Mental hospitals Bombay report 1929-33 - 1929-1933
Year: 1929
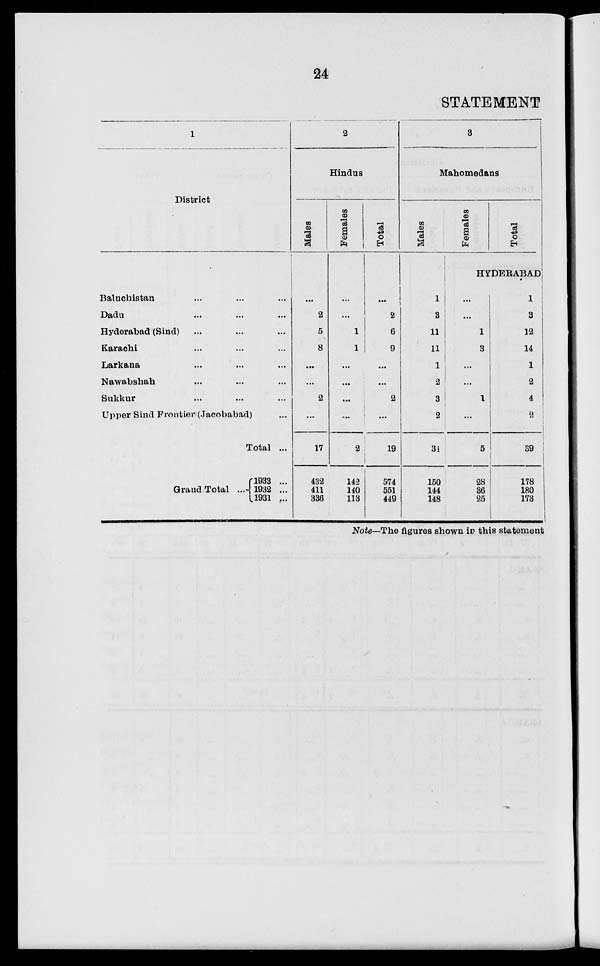
24
STATEMENT
1
District
Baluchistan ... ... ...
Dadu ... ... ...
Hyderabad (Sind) ... ... ...
Karachi ... ... ...
Larkana ... ... ...
Nawabshah ... ... ...
Sukkur ... ... ...
Upper Sind Frontier (Jacobabad) ...
Total ...
Grand Total ...
1933 ...
1932 ...
1931 ...
2
Hindus
Males
...
2
5
8
...
...
2
...
17
432
411
336
Females
...
...
1
1
...
...
...
...
2
142
140
113
Total
...
2
6
9
...
...
2
...
19
574
551
449
3
Mahomedans
Males
1
3
11
11
1
2
3
2
34
150
144
148
Females
Total
HYDERABAD
...
...
1
3
...
...
1
...
5
28
36
25
1
3
12
14
1
2
4
2
39
178
180
173
Note—The figures shown in this statement